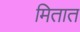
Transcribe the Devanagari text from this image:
मितात